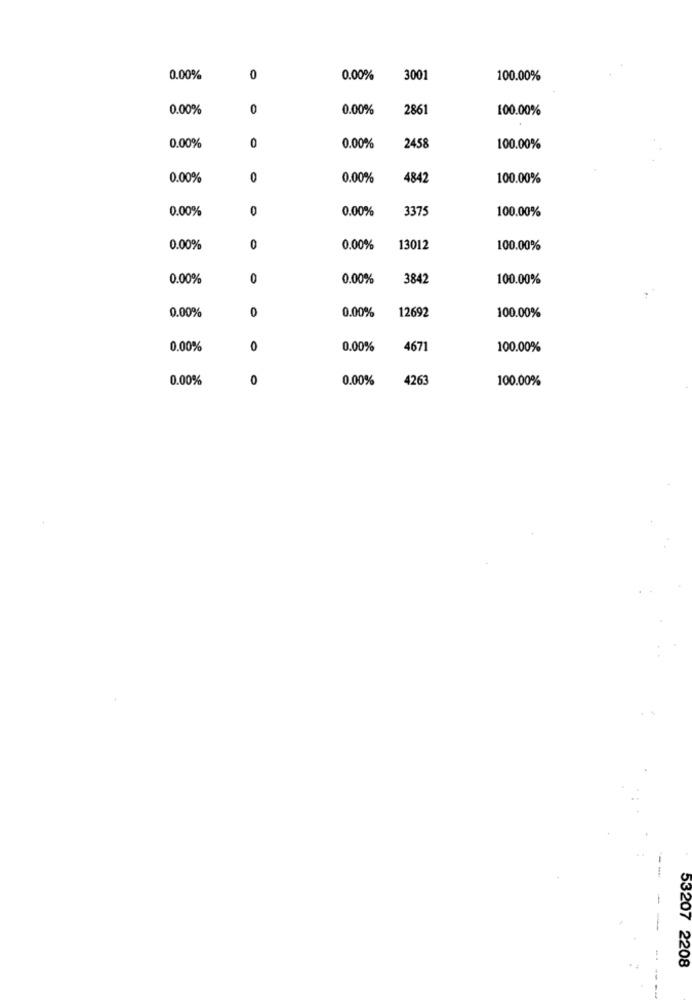
0.00%
0
0.00%
3001
100.00%
0.00%
0
0.00%
2861
100.00%
0.00%
0
0.00%
2458
100.00%
0.00%
0
0.00%
4842
100.00%
0.00%
0
0.00%
3375
100.00%
0.00%
0
0.00%
13012
100.00%
0.00%
0
0.00%
3842
100.00%
0.00%
0
0.00%
12692
100.00%
0.00%
0
0.00%
4671
100.00%
0.00%
0
0.00%
4263
100.00%
53207 2208